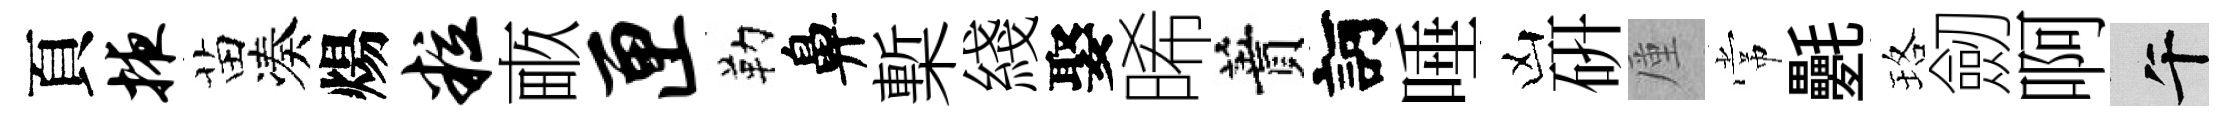
頁掖苗凑煬粒畞匣勒鼻槧綫娶晞蕡訶唾凶硏厪常氎珞劒啊午